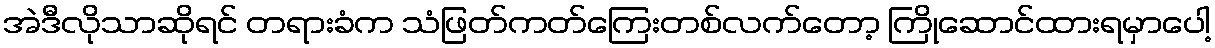
အဲဒီလိုသာဆိုရင် တရားခံက သံဖြတ်ကတ်ကြေးတစ်လက်တော့ ကြိုဆောင်ထားရမှာပေါ့